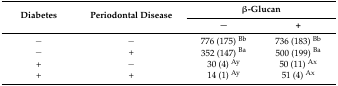
<table><thead><tr><td rowspan="2"><b>Diabetes</b></td><td rowspan="2"><b>Periodontal Disease</b></td><td colspan="2"><b>β-Glucan</b></td></tr><tr><td><b>−</b></td><td><b>+</b></td></tr></thead><tbody><tr><td>−</td><td>−</td><td>776 (175) <sup>Bb</sup></td><td>736 (183) <sup>Bb</sup></td></tr><tr><td>−</td><td>+</td><td>352 (147) <sup>Ba</sup></td><td>500 (199) <sup>Ba</sup></td></tr><tr><td>+</td><td>−</td><td>30 (4) <sup>Ay</sup></td><td>50 (11) <sup>Ax</sup></td></tr><tr><td>+</td><td>+</td><td>14 (1) <sup>Ay</sup></td><td>51 (4) <sup>Ax</sup></td></tr></tbody></table>